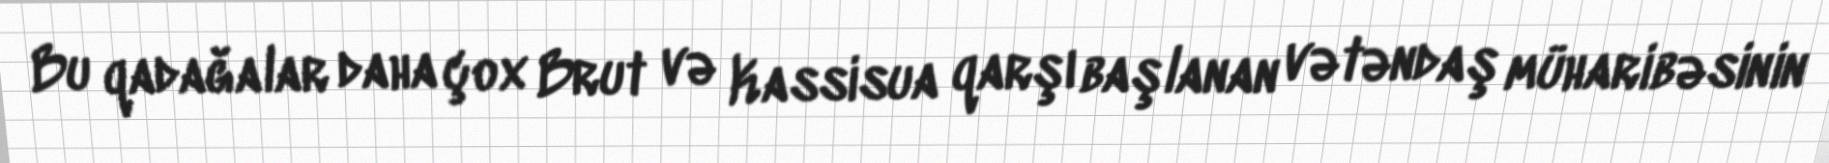
Bu qadağalar daha çox Brut və Kassisua qarşı başlanan vətəndaş müharibəsinin